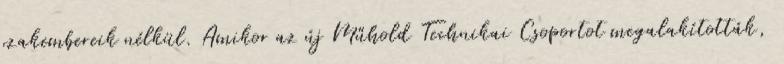
szakembereik nélkül. Amikor az új Műhold Technikai Csoportot megalakították,